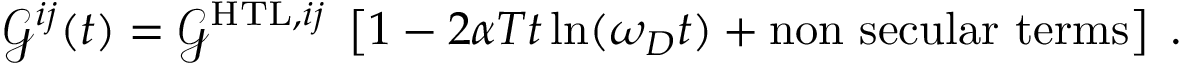
\mathcal { G } ^ { i j } ( t ) = \mathcal { G } ^ { \mathrm { H T L } , i j } \; \left[ 1 - 2 \alpha T t \ln ( \omega _ { D } t ) + \mathrm { n o n ~ s e c u l a r ~ t e r m s } \right] \; .